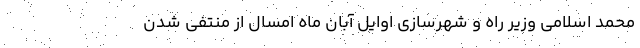
محمد اسلامی وزیر راه و شهرسازی اوایل آبان ماه امسال از منتفی شدن